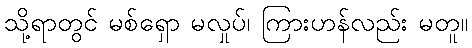
သို့ရာတွင် မစ်ရှော မလှုပ်၊ ကြားဟန်လည်း မတူ။